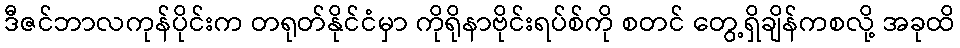
ဒီဇင်ဘာလကုန်ပိုင်းက တရုတ်နိုင်ငံမှာ ကိုရိုနာဗိုင်းရပ်စ်ကို စတင် တွေ့ရှိချိန်ကစလို့ အခုထိ